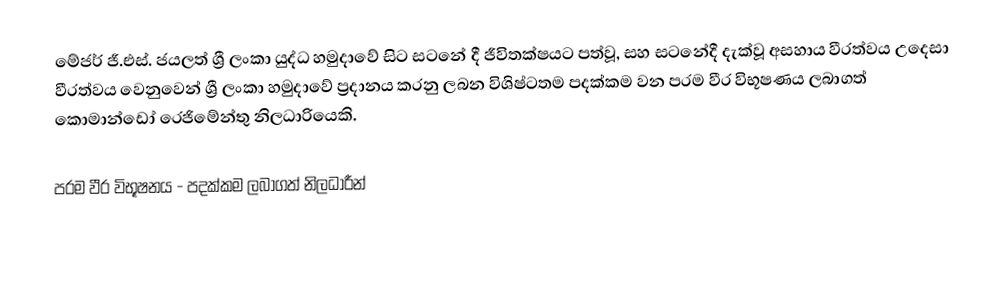
මේජර් ජී.එස්. ජයලත්   ශ්‍රී ලංකා යුද්ධ හමුදාවේ සිට සටනේ දී ජීවිතක්ෂයට පත්වූ, සහ සටනේදී දැක්වූ අසහාය වීරත්වය උදෙසා වීරත්වය   වෙනුවෙන් ශ්‍රී ලංකා හමුදාවේ ප්‍රදානය කරනු ලබන විශිෂ්ටතම පදක්කම වන පරම වීර විභූෂණය ලබාගත් කොමාන්ඩෝ රෙජිමේන්තු නිලධාරියෙකි.

පරම වීර විභූෂනය - පදක්කම ලබාගත් නිලධාරීන්